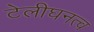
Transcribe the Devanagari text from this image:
टेलीघनत्व